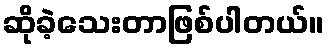
ဆိုခဲ့သေးတာဖြစ်ပါတယ်။